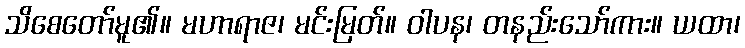
သိစေတော်မူ၏။ မဟာရာဇ၊ မင်းမြတ်။ ဝါပန၊ တနည်းသော်ကား။ ယထာ၊